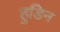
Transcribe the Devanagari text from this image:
हुडिन